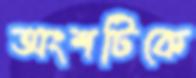
অংশটিকে